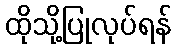
ထိုသို့ပြုလုပ်ရန်